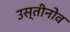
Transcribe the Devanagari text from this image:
उस्तीनोव